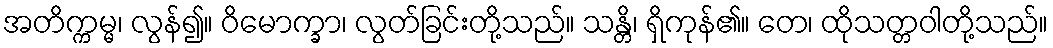
အတိက္ကမ္မ၊ လွန်၍။ ဝိမောက္ခာ၊ လွတ်ခြင်းတို့သည်။ သန္တိ၊ ရှိကုန်၏။ တေ၊ ထိုသတ္တဝါတို့သည်။